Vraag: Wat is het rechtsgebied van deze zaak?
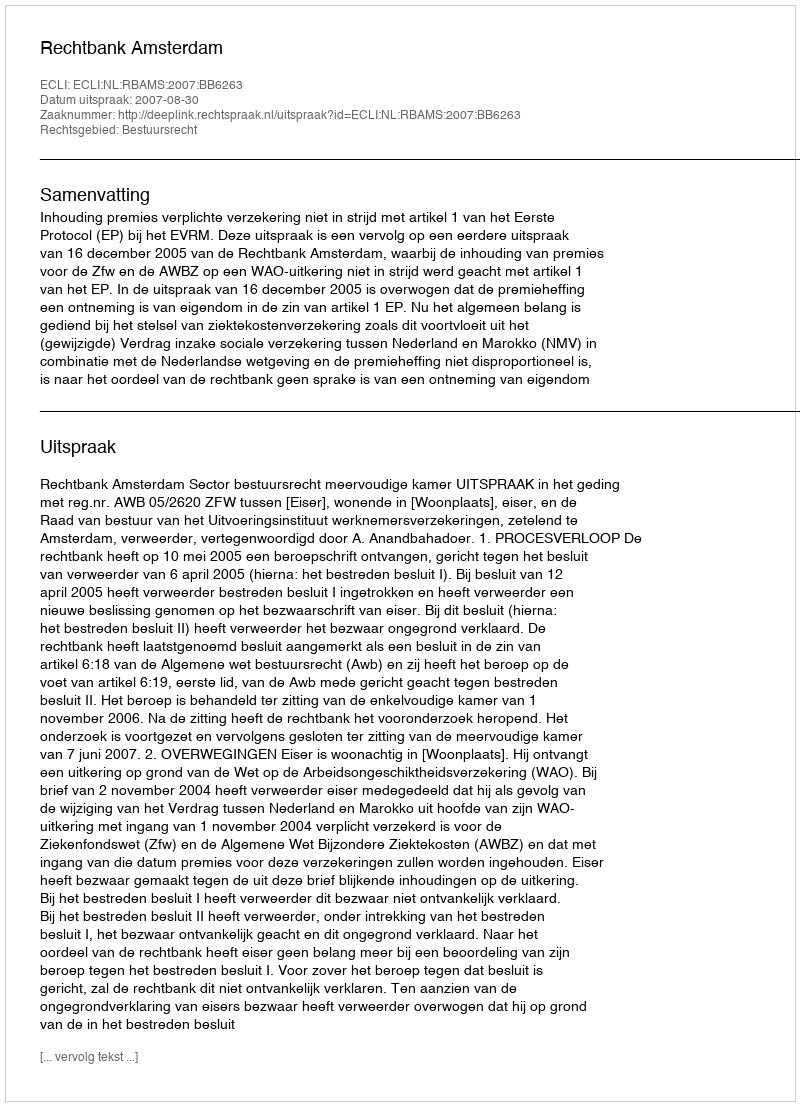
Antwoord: Bestuursrecht